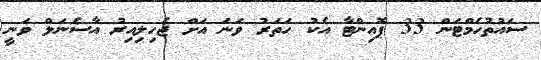
ސައުތުހެމްޓަން 33 ޕޮއިންޓާ އެކު ހަތަރު ވަނަ އަށް ޖެހިލިއިރު އާސެނަލް ވަނީ